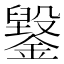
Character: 䥣